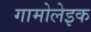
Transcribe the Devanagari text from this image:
गामोलेइक